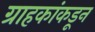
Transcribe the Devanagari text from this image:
ग्राहकांकडून